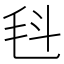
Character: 𣬯